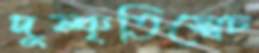
দুষ্কৃতিস্বেচ